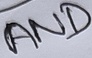
Text: AND